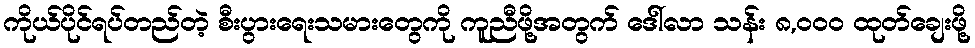
ကိုယ်ပိုင်ရပ်တည်တဲ့ စီးပွားရေးသမားတွေကို ကူညီဖို့အတွက် ဒေါ်လာ သန်း ၈,၀၀၀ ထုတ်ချေးဖို့